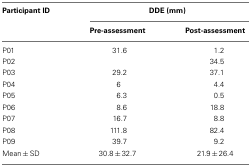
<table><thead><tr><td><b>Participant ID</b></td><td colspan="2"><b>DDE (mm)</b></td></tr><tr><td>[EMPTY_CELL]</td><td><b>Pre-assessment</b></td><td><b>Post-assessment</b></td></tr></thead><tbody><tr><td>P01</td><td>31.6</td><td>1.2</td></tr><tr><td>P02</td><td>[EMPTY_CELL]</td><td>34.5</td></tr><tr><td>P03</td><td>29.2</td><td>37.1</td></tr><tr><td>P04</td><td>6</td><td>4.4</td></tr><tr><td>P05</td><td>6.3</td><td>0.5</td></tr><tr><td>P06</td><td>8.6</td><td>18.8</td></tr><tr><td>P07</td><td>16.7</td><td>8.8</td></tr><tr><td>P08</td><td>111.8</td><td>82.4</td></tr><tr><td>P09</td><td>39.7</td><td>9.2</td></tr><tr><td>Mean ± SD</td><td>30.8 ± 32.7</td><td>21.9 ± 26.4</td></tr></tbody></table>